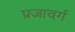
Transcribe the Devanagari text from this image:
प्रजावर्ग